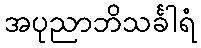
အပုညာဘိသင်္ခါရံ